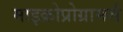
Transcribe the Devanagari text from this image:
माइक्रोप्रोग्रामर्स